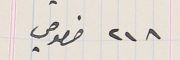
٢١٨ خصوصي